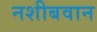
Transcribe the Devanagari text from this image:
नशीबवान